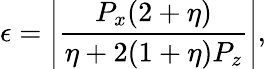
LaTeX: \epsilon=\left|\frac{P_{x}(2+\eta)}{\eta+2(1+\eta)P_{z}}\right|,